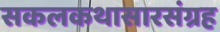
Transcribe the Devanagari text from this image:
सकलकथासारसंग्रह